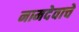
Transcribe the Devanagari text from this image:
नामदेवाचे